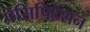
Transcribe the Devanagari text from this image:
प्रेसिपिटेशन